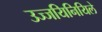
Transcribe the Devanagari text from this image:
उज्जयिनियिले